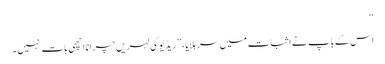
‘‘
اس کے باپ نے اثبات میں سر ہلایا، ’’ریڈیو کی لہریں چرانا اچھی بات نہیں۔